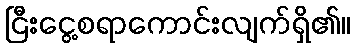
ငြီးငွေ့စရာကောင်းလျက်ရှိ၏။